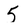
Character: 5